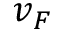
v _ { F }